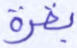
بقرة